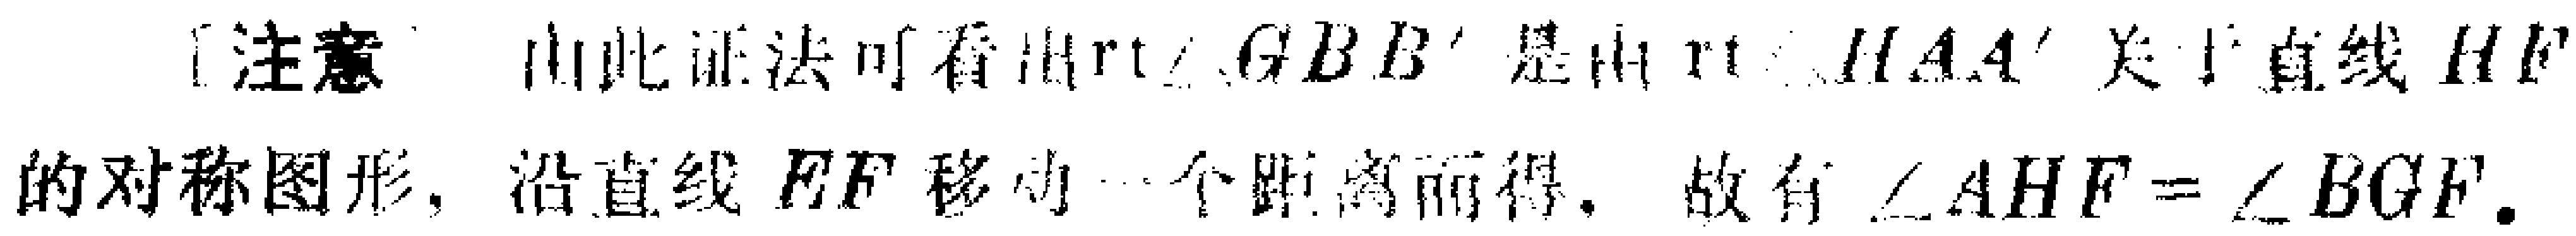
[注意] 由此证法可看出\(Rt\triangle GBB'\)是由\(Rt\triangle HAA'\)关于直线\(EF\)的对称图形，沿直线\(EF\)移动一个距离而得。故有\(\angle AHF = \angle BGF\)。